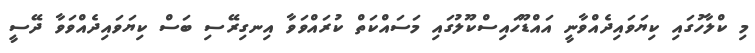
މި ކްލާހުގައި ކިޔަވައިދެއްވާނީ އައްޑޫހައިސްކޫލުގައި މަސައްކަތް ކުރައްވަވާ އިނގިރޭސި ބަސް ކިޔަވައިދެއްވަވާ ދޭސީ